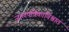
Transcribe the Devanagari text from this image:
जालपत्रिकाविश्वात